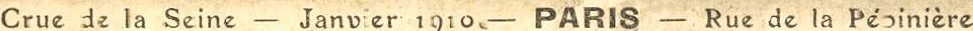
Crue de la Seine - Janvier 1910 - PARIS - Rue de la Peoiniere